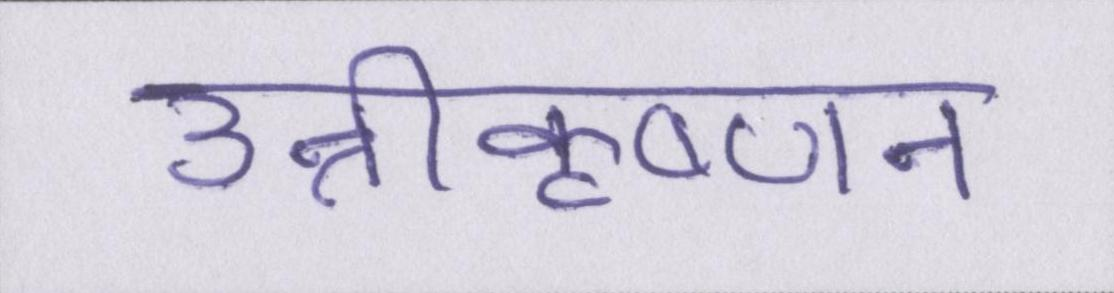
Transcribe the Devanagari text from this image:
उन्नीकृष्णन